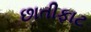
છાતીફાટ